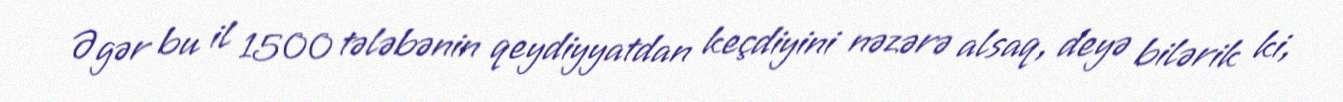
Əgər bu il 1500 tələbənin qeydiyyatdan keçdiyini nəzərə alsaq, deyə bilərik ki,